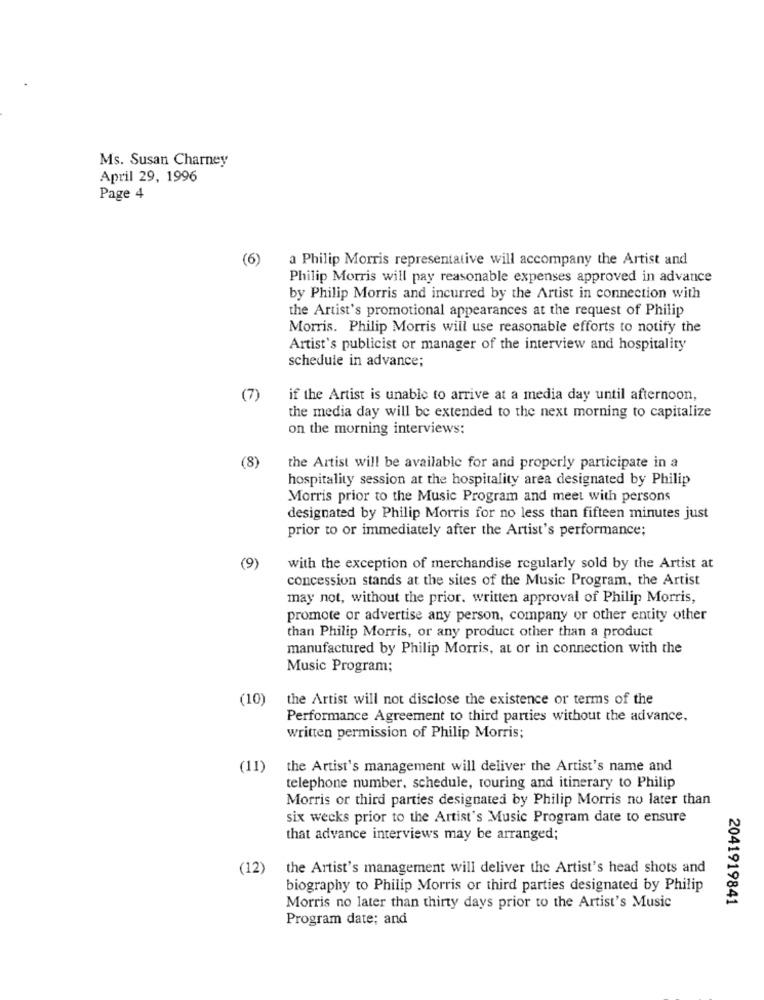
Ms. Susan Charney
April 29, 1996
Page 4
(6)
a Philip Morris representative will accompany the Artist and
Philip Morris will pay reasonable expenses approved in advance
by Philip Morris and incurred by the Artist in connection with
the Artist's promotional appearances at the request of Philip
Morris. Philip Morris will use reasonable efforts to notify the
Artist's publicist or manager of the interview and hospitality
schedule in advance;
(7)
if the Artist is unable to arrive at a media day until afternoon,
the media day will be extended to the next morning to capitalize
on the morning interviews:
(8)
the Artist will be available for and properly participate in a
hospitality session at the hospitality area designated by Philip
Morris prior to the Music Program and meet with persons
designated by Philip Morris for no less than fifteen minutes just
prior to or immediately after the Artist's performance;
(9)
with the exception of merchandise regularly sold by the Artist at
concession stands at the sites of the Music Program, the Artist
may not, without the prior. written approval of Philip Morris,
promote or advertise any person, company or other entity other
than Philip Morris, or any product other than a product
manufactured by Philip Morris, at or in connection with the
Music Program;
(10)
the Artist will not disclose the existence or terms of the
Performance Agreement to third parties without the advance,
written permission of Philip Morris;
(11)
the Artist's management will deliver the Artist's name and
telephone number, schedule, touring and itinerary to Philip
Morris or third parties designated by Philip Morris no later than
six weeks prior to the Artist's Music Program date to ensure
that advance interviews may be arranged;
(12)
the Artist's management will deliver the Artist's head shots and
biography to Philip Morris or third parties designated by Philip
2041919841
Morris no later than thirty days prior to the Artist's Music
Program date; and